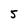
Character: 5